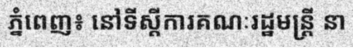
ភ្នំពេញ៖ នៅទីស្តីការគណៈរដ្ឋមន្ត្រី នា